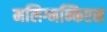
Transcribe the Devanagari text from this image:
मलिग्नन्किएस